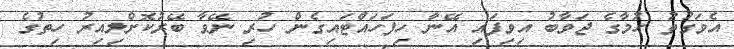
އެވަގުތު ހުމާގެ ޖަވާބު އިވިފައި އޭނާ ހިފަހައްޓައިގެން ހުރި ނޭވާ ބޭރުކޮށްލިއިރު ހިތުގެ